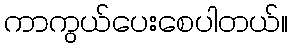
ကာကွယ်ပေးစေပါတယ်။